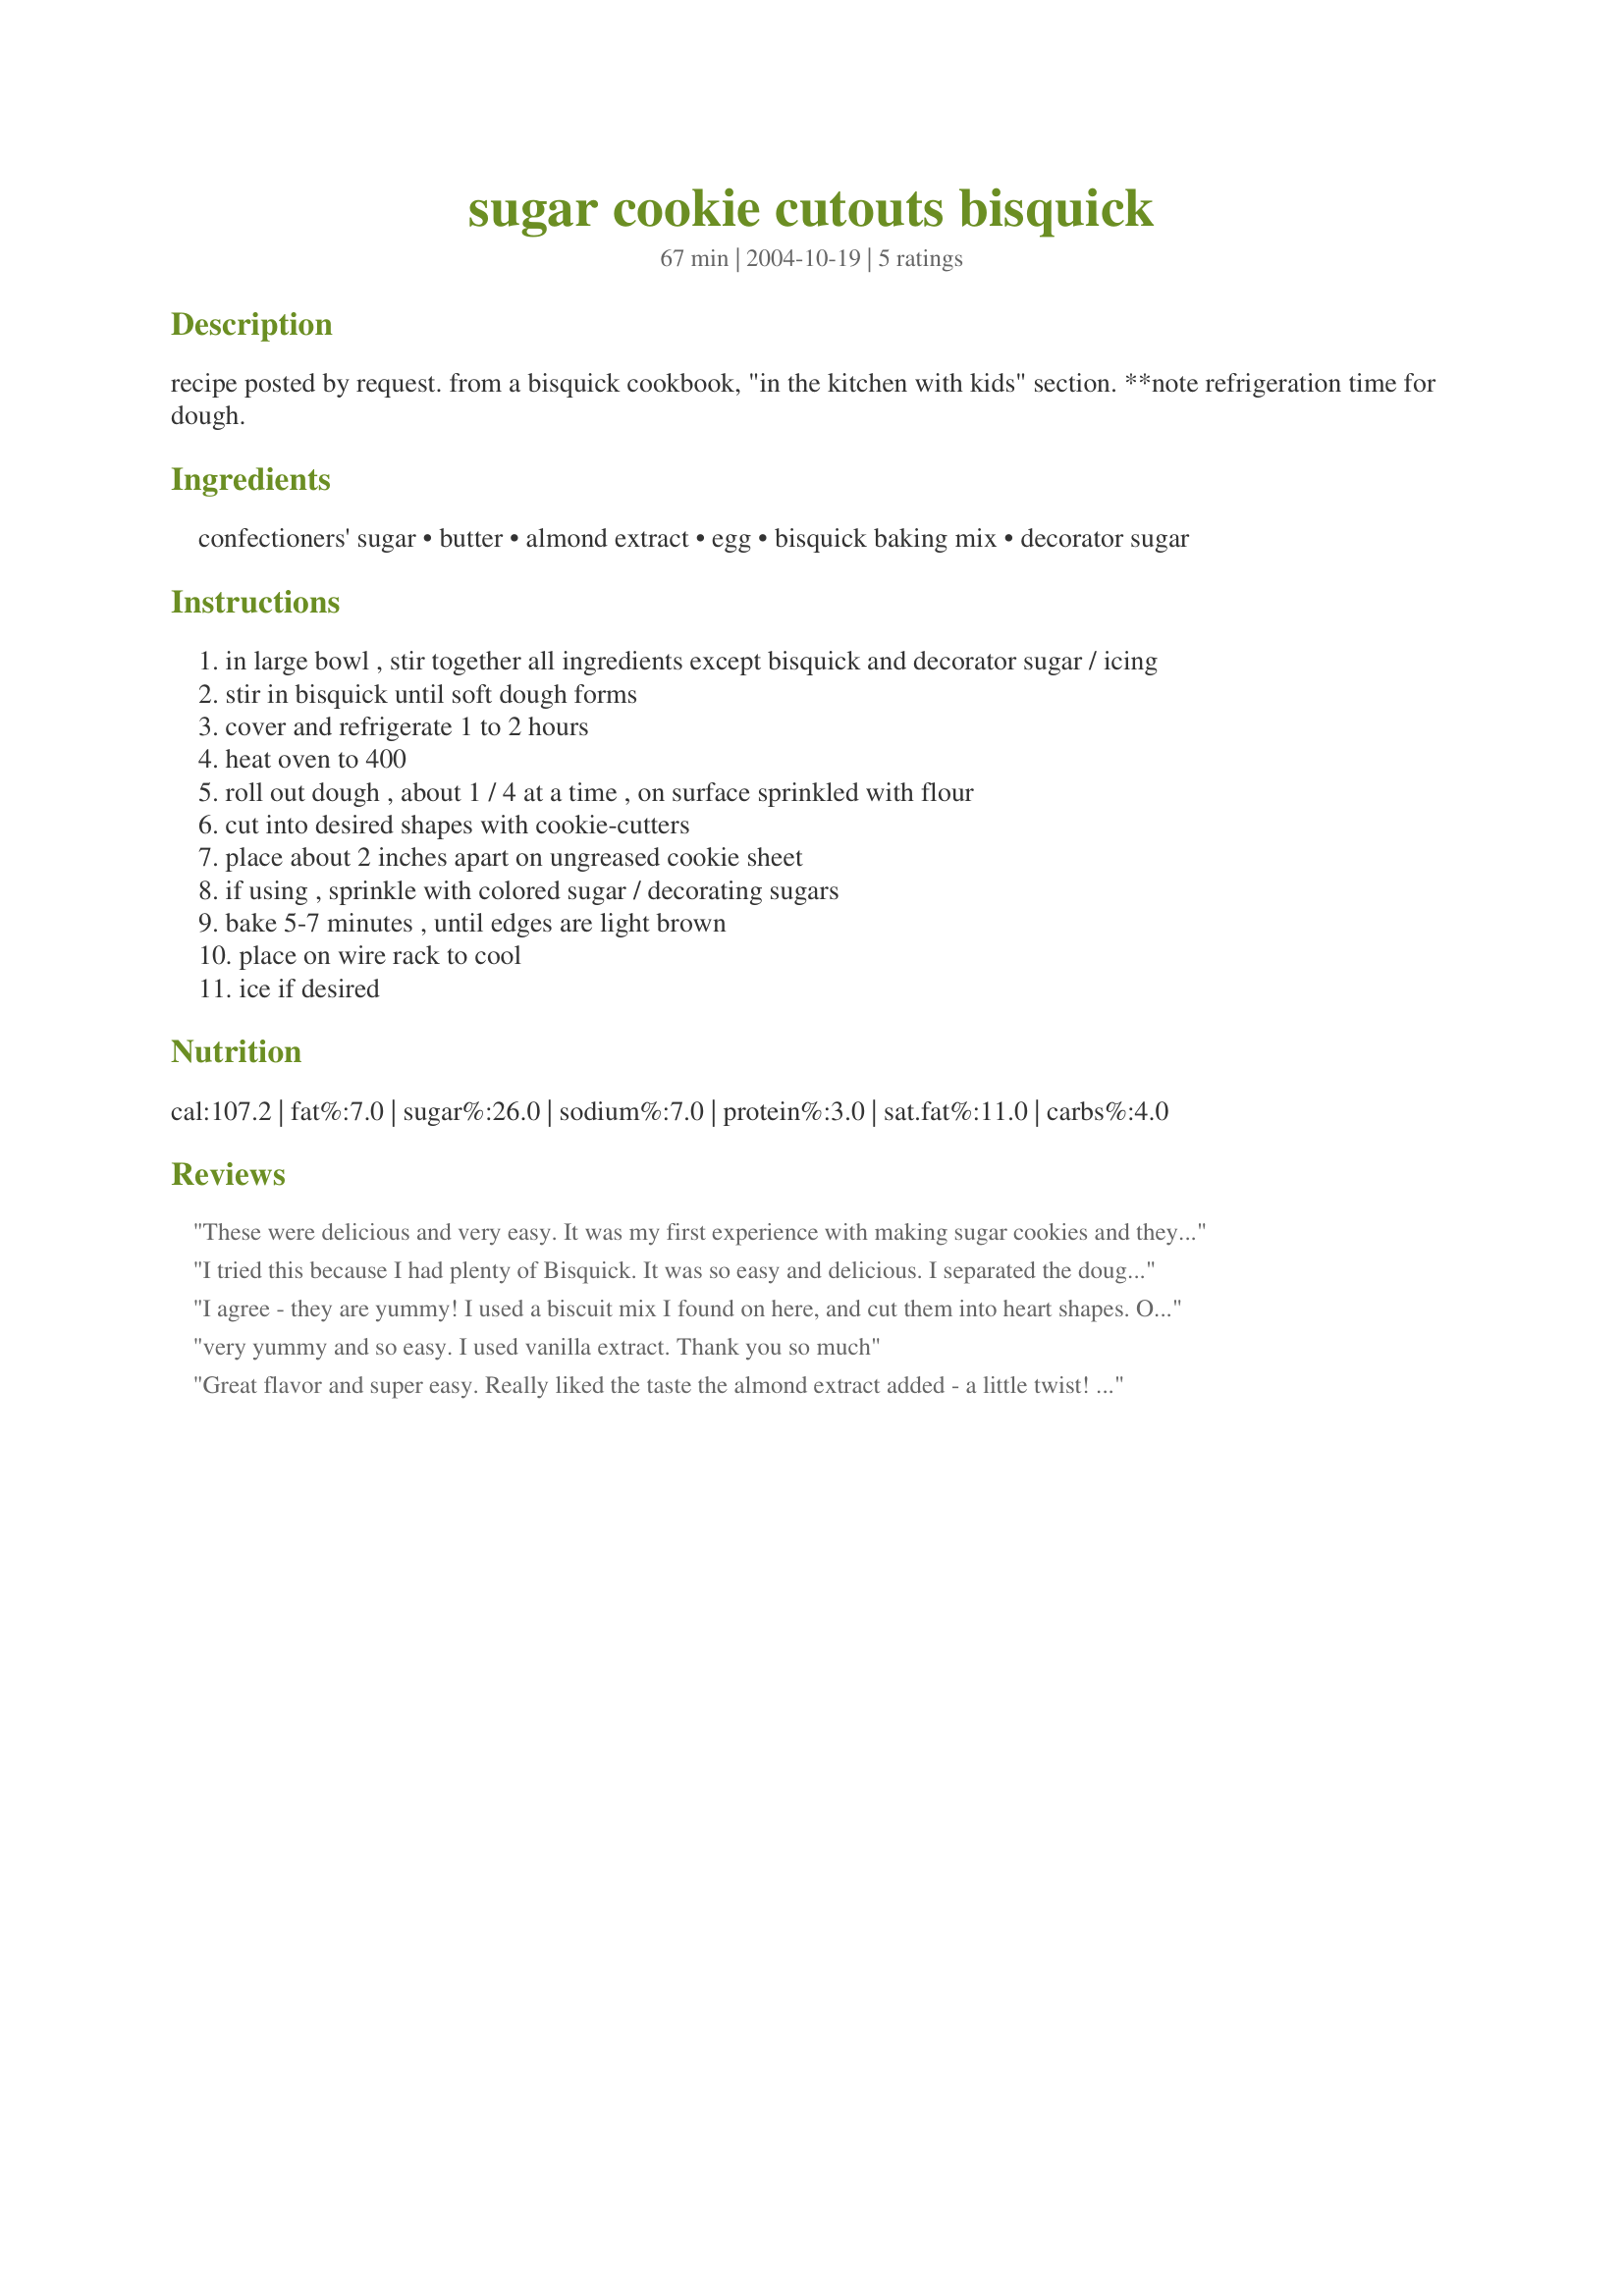
sugar cookie cutouts bisquick
Preparation time: 67 minutes

recipe posted by request. from a bisquick cookbook, "in the kitchen with kids" section. **note refrigeration time for dough.

Ingredients:
confectioners' sugar, butter, almond extract, egg, bisquick baking mix, decorator sugar

Steps:
in large bowl , stir together all ingredients except bisquick and decorator sugar / icing
stir in bisquick until soft dough forms
cover and refrigerate 1 to 2 hours
heat oven to 400
roll out dough , about 1 / 4 at a time , on surface sprinkled with flour
cut into desired shapes with cookie-cutters
place about 2 inches apart on ungreased cookie sheet
if using , sprinkle with colored sugar / decorating sugars
bake 5-7 minutes , until edges are light brown
place on wire rack to cool
ice if desired

Reviews:
These were delicious and very easy. It was my first experience with making sugar cookies and they were great.
I tried this because I had plenty of Bisquick. It was so easy and delicious. I separated the dough into fourths to refrigerate so it was easy to keep the dough chilling while I rolled them. The dough rolled perfectly. The cookies don&#039;t expand much so they keep their shape. I recommend removing them from the pan within 2 minutes of removing them from the oven or they stick to the pan.
I agree - they are yummy! I used a biscuit mix I found on here, and cut them into heart shapes. Once baked I sprinkled them with caster (superfine?) sugar. May try orange flower water next time - that's the good thing about this recipe, it can easily be adapted. Many thanks!
very yummy and so easy. I used vanilla extract. Thank you so much
Great flavor and super easy. Really liked the taste the almond extract added - a little twist! The tip to roll out only a portion of the dough at a time was a big help. If it gets too warm, the dough starts to get sticky, etc. Will be coming back to this recipe for years. Thanks for sharing!
